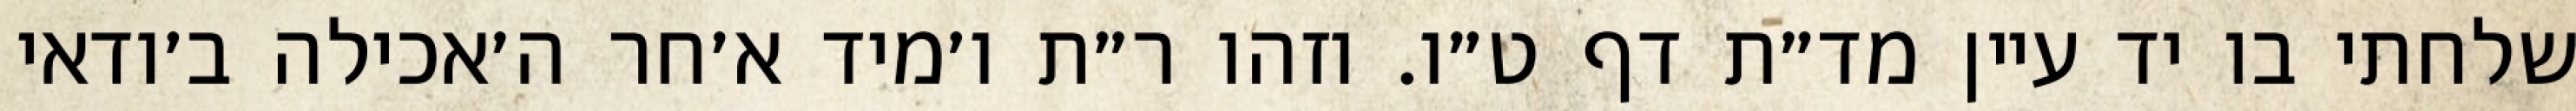
שלחתי בו יד עיין מד״ת דף ט״ו. וזהו ר״ת ו׳מיד א׳חר ה׳אכילה ב׳ודאי